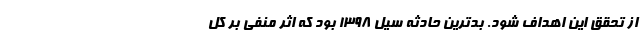
از تحقق این اهداف شود. بدترین حادثه سیل ۱۳۹۸ بود که اثر منفی بر کل